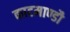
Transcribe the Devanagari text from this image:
काटमाण्डौ